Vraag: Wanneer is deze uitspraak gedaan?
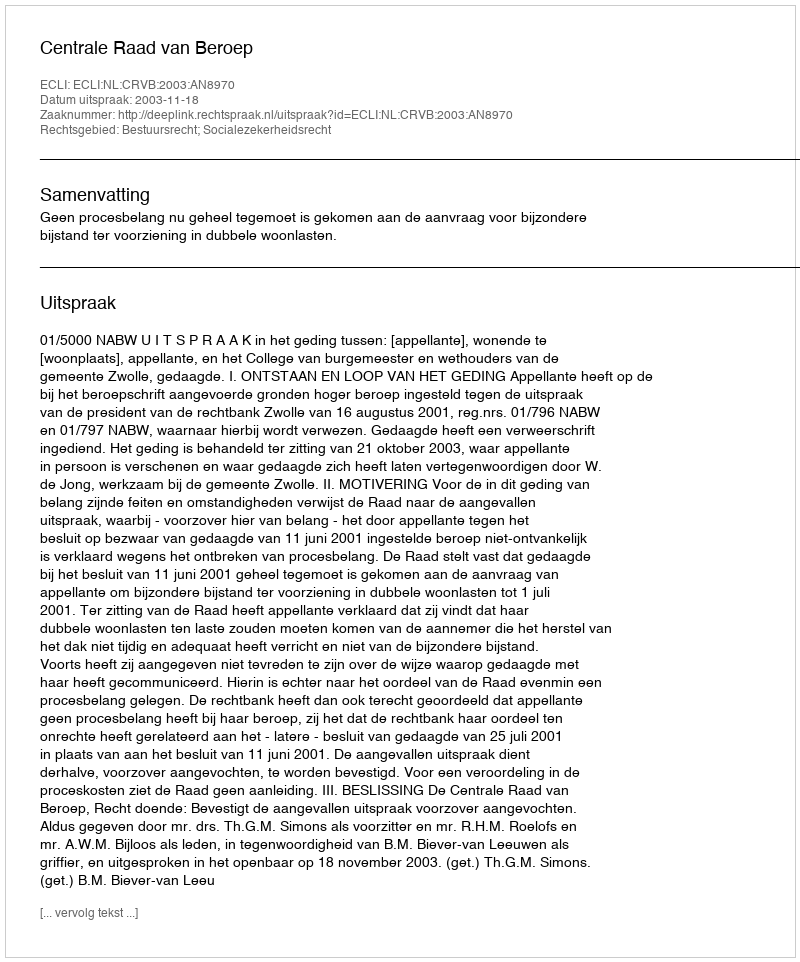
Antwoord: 2003-11-18